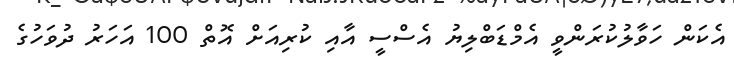
އެކަން ހަވާލުކުރަންވީ އެމްޑަބްލިޔު އެސްސީ އާއި ކުރިއަށް އޮތް 100 އަހަރު ދުވަހުގެ